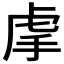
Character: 𧆠